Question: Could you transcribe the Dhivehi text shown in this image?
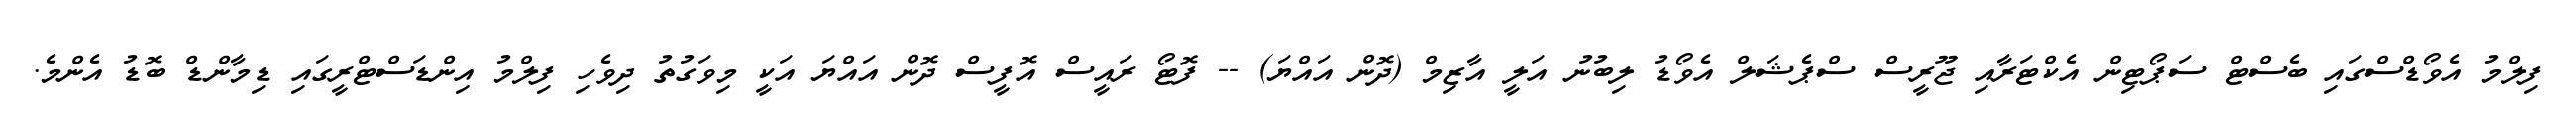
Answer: ފިލްމު އެވޯޑްސްގައި ބެސްޓް ސަޕޯޓިން އެކްޓަރާއި ޖޫރީސް ސްޕެޝަލް އެވޯޑު ލިބުނު އަލީ އާޒިމް (ދޮން އައްޔަ) -- ފޮޓޯ ރައީސް އޮފީސް ދޮން އައްޔަ އަކީ މިވަގުތު ދިވެހި ފިލްމު އިންޑަސްޓްރީގައި ޑިމާންޑް ބޮޑު އެންމެ.